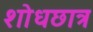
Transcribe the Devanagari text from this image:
शोधछात्र